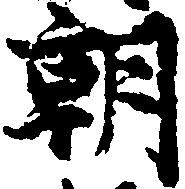
朝